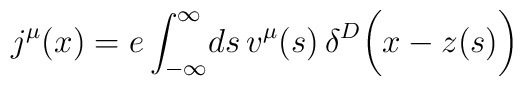
j^{\mu}(x)=e\int_{-\infty}^\infty\!ds\,v^{\mu}(s)\,\delta ^{D}\biggl (x-z(s)\biggr)